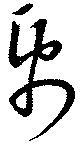
紙